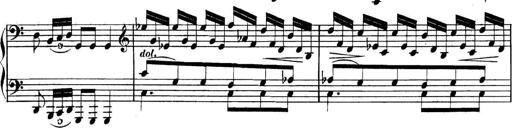
Title: Collected Piano Sonatas
Composer: Muzio Clementi